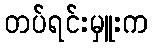
တပ်ရင်းမှူးက